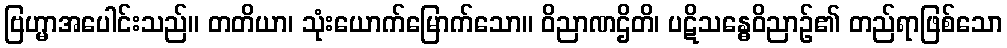
ဗြဟ္မာအပေါင်းသည်။ တတိယာ၊ သုံးယောက်မြောက်သော။ ဝိညာဏဌိတိ၊ ပဋိသန္ဓေဝိညာဉ်၏ တည်ရာဖြစ်သော